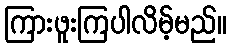
ကြားဖူးကြပါလိမ့်မည်။